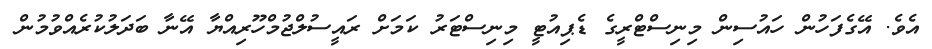
އެވެ. އޭގެފަހުން ހައުސިން މިނިސްޓްރީގެ ޑެޕިއުޓީ މިނިސްޓަރު ކަމަށް ރައީސުލްޖުމްހޫރިއްޔާ އޭނާ ބަދަލުކުރެއްވުމުން